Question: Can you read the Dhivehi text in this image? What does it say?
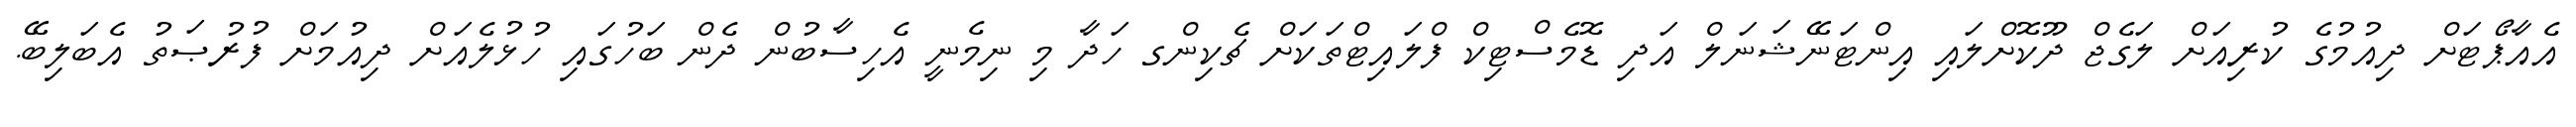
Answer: އެއާޕޯޓަށް ދިއުމުގެ ކުރިއަށް ލަގެޖް ދޫކޮށްލައި އިންޓަނޭޝަނަލް އަދި ޑޮމެސްޓިކް ފްލައިޓްތަކަށް ޗެކިންގ ހަދާ މި ނިމެނީ އެހިސާބުން ދެން ބަހުގައި ހުޅުލެއަށް ދިއުމަށް ފުރުޞަތު އެބަލިބޭ.